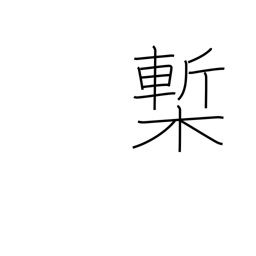
Meaning: printed book